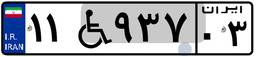
۱۱W۹۳۷۰۳